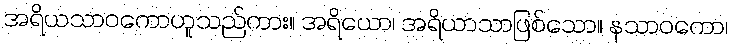
အရိယသာဝကောဟူသည်ကား။ အရိယော၊ အရိယာသာဖြစ်သော။ နသာဝကော၊